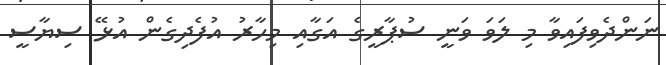
ނަންދެވިފައިވާ މި ލަވަ ވަނީ ސުޕާރީގެ އަގާއި މިހާރު އުފެދިގެން އުޅޭ ސިޔާސީ